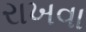
રાખવા